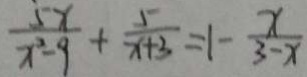
\frac { 5 x } { x ^ { 2 } - 9 } + \frac { 5 } { x + 3 } = 1 - \frac { x } { 3 - x }